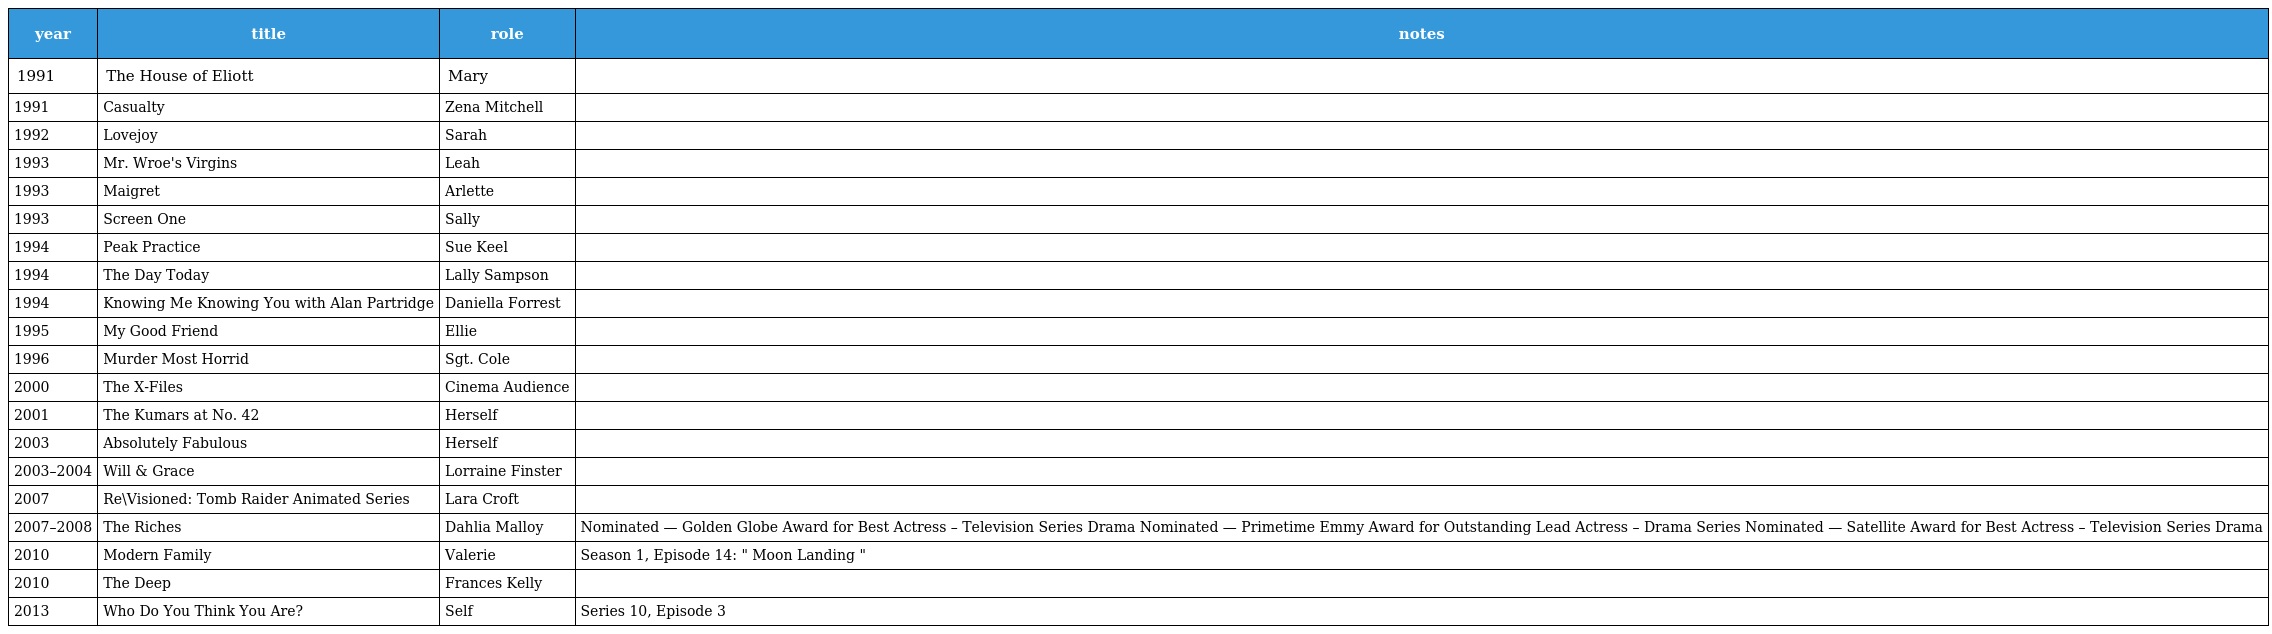
| year | title | role | notes |
 | --- | --- | --- | --- |
 | 1991 | The House of Eliott | Mary |  |
 | 1991 | Casualty | Zena Mitchell |  |
 | 1992 | Lovejoy | Sarah |  |
 | 1993 | Mr. Wroe's Virgins | Leah |  |
 | 1993 | Maigret | Arlette |  |
 | 1993 | Screen One | Sally |  |
 | 1994 | Peak Practice | Sue Keel |  |
 | 1994 | The Day Today | Lally Sampson |  |
 | 1994 | Knowing Me Knowing You with Alan Partridge | Daniella Forrest |  |
 | 1995 | My Good Friend | Ellie |  |
 | 1996 | Murder Most Horrid | Sgt. Cole |  |
 | 2000 | The X-Files | Cinema Audience |  |
 | 2001 | The Kumars at No. 42 | Herself |  |
 | 2003 | Absolutely Fabulous | Herself |  |
 | 2003–2004 | Will & Grace | Lorraine Finster |  |
 | 2007 | Re\Visioned: Tomb Raider Animated Series | Lara Croft |  |
 | 2007–2008 | The Riches | Dahlia Malloy | Nominated — Golden Globe Award for Best Actress – Television Series Drama Nominated — Primetime Emmy Award for Outstanding Lead Actress – Drama Series Nominated — Satellite Award for Best Actress – Television Series Drama |
 | 2010 | Modern Family | Valerie | Season 1, Episode 14: " Moon Landing " |
 | 2010 | The Deep | Frances Kelly |  |
 | 2013 | Who Do You Think You Are? | Self | Series 10, Episode 3 |